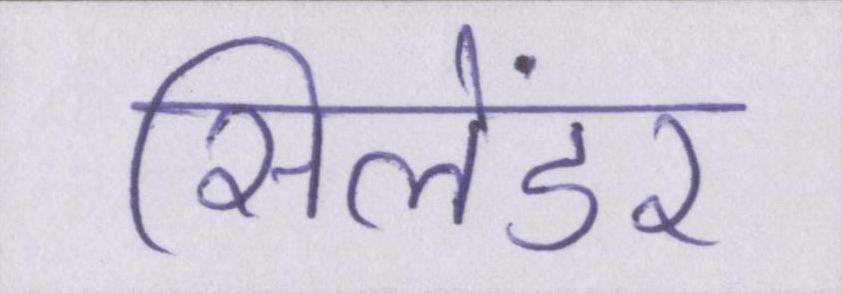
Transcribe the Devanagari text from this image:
सिलेंडर